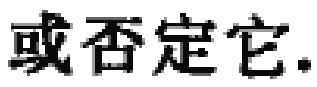
或否定它.